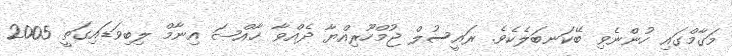
މަގާމްގައި ހުންނެވި ބޭކަނބަލެކެވެ. ރައީސުލް ޖުމްހޫރިއްޔާ ދެއްވާ ޚާއްޞަ އިނާމް ލިބިވަޑައިގަތީ 2005